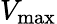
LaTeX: V_{\textnormal{max}}